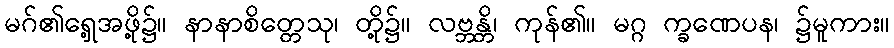
မဂ်၏ရှေ့အဖို့၌။ နာနာစိတ္တေသု၊ တို့၌။ လဗ္ဘန္တိ၊ ကုန်၏။ မဂ္ဂ က္ခဏေပန၊ ၌မူကား။